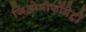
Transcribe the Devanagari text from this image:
जिओमौर्फोमेट्री